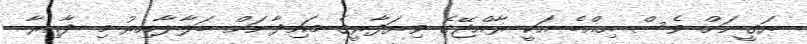
ޔަގީނަށް ވެސް އިއްބެ އަކީ ރާއްޖޭގެ ވިޔަފާރީގެ މައިދާނަށް ބަލާލާއިރު މި ދާއިރާ